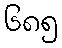
၆၈၅